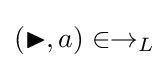
(\blacktriangleright ,a)\in \rightarrow _{L}